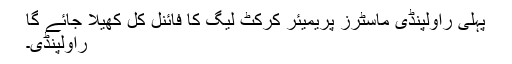
پہلی راولپنڈی ماسٹرز پریمیئر کرکٹ لیگ کا فائنل کل کھیلا جائے گا
راولپنڈی۔